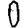
Digit: 0